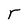
Character: r